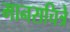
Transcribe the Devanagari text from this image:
मानसचित्रे